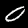
Digit: 0